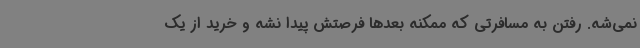
نمی‌شه. رفتن به مسافرتی که ممکنه بعدها فرصتش پیدا نشه و خرید از یک